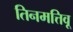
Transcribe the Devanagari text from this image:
तिनमत्तिवू